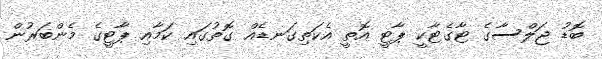
ބޮޑު ޖަލްސާގެ ޓާގެޓާކީ ޕާޓީ އޮތީ އެކަތިގަނޑެއް ގޮތުގައި ކަމާއި ޕާޓީގެ މެންބަރުން